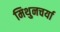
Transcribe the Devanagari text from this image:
मिथुनचर्या